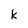
Character: K